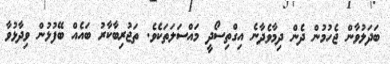
ބަދަލުވާން ޖެހުމުން ދެން ދިމާވެދާނެ އިގްތިސޯދީ މައްސަލަތަކެވެ. ތަޖުރިބާކާރު ބައެއް ބޭފުޅުން ވިދާޅުވާ